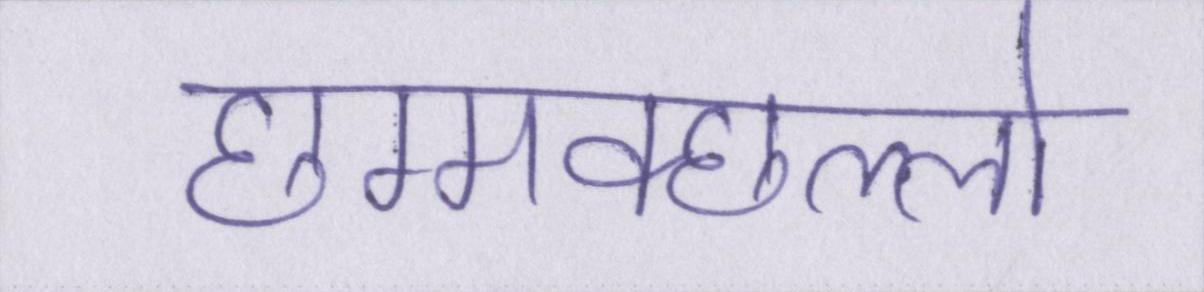
छम्मक्छल्लो